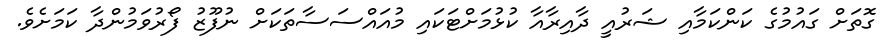
ގޮތަށް ގައުމުގެ ކަންކަމާއި ޝަރުއީ ދާއިރާއާ ކުޅުމަށްޓަކައި މުއައްސަސާތަކަށް ނުފޫޒު ފޯރުވަމުންދާ ކަމަށެވެ.